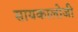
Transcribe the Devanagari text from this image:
सायकालोजी